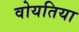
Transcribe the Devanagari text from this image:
वोयतिया